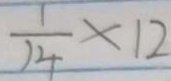
\frac { 1 } { 1 4 } \times 1 2